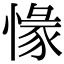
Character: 𢞶